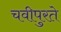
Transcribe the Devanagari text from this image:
चवीपुरते